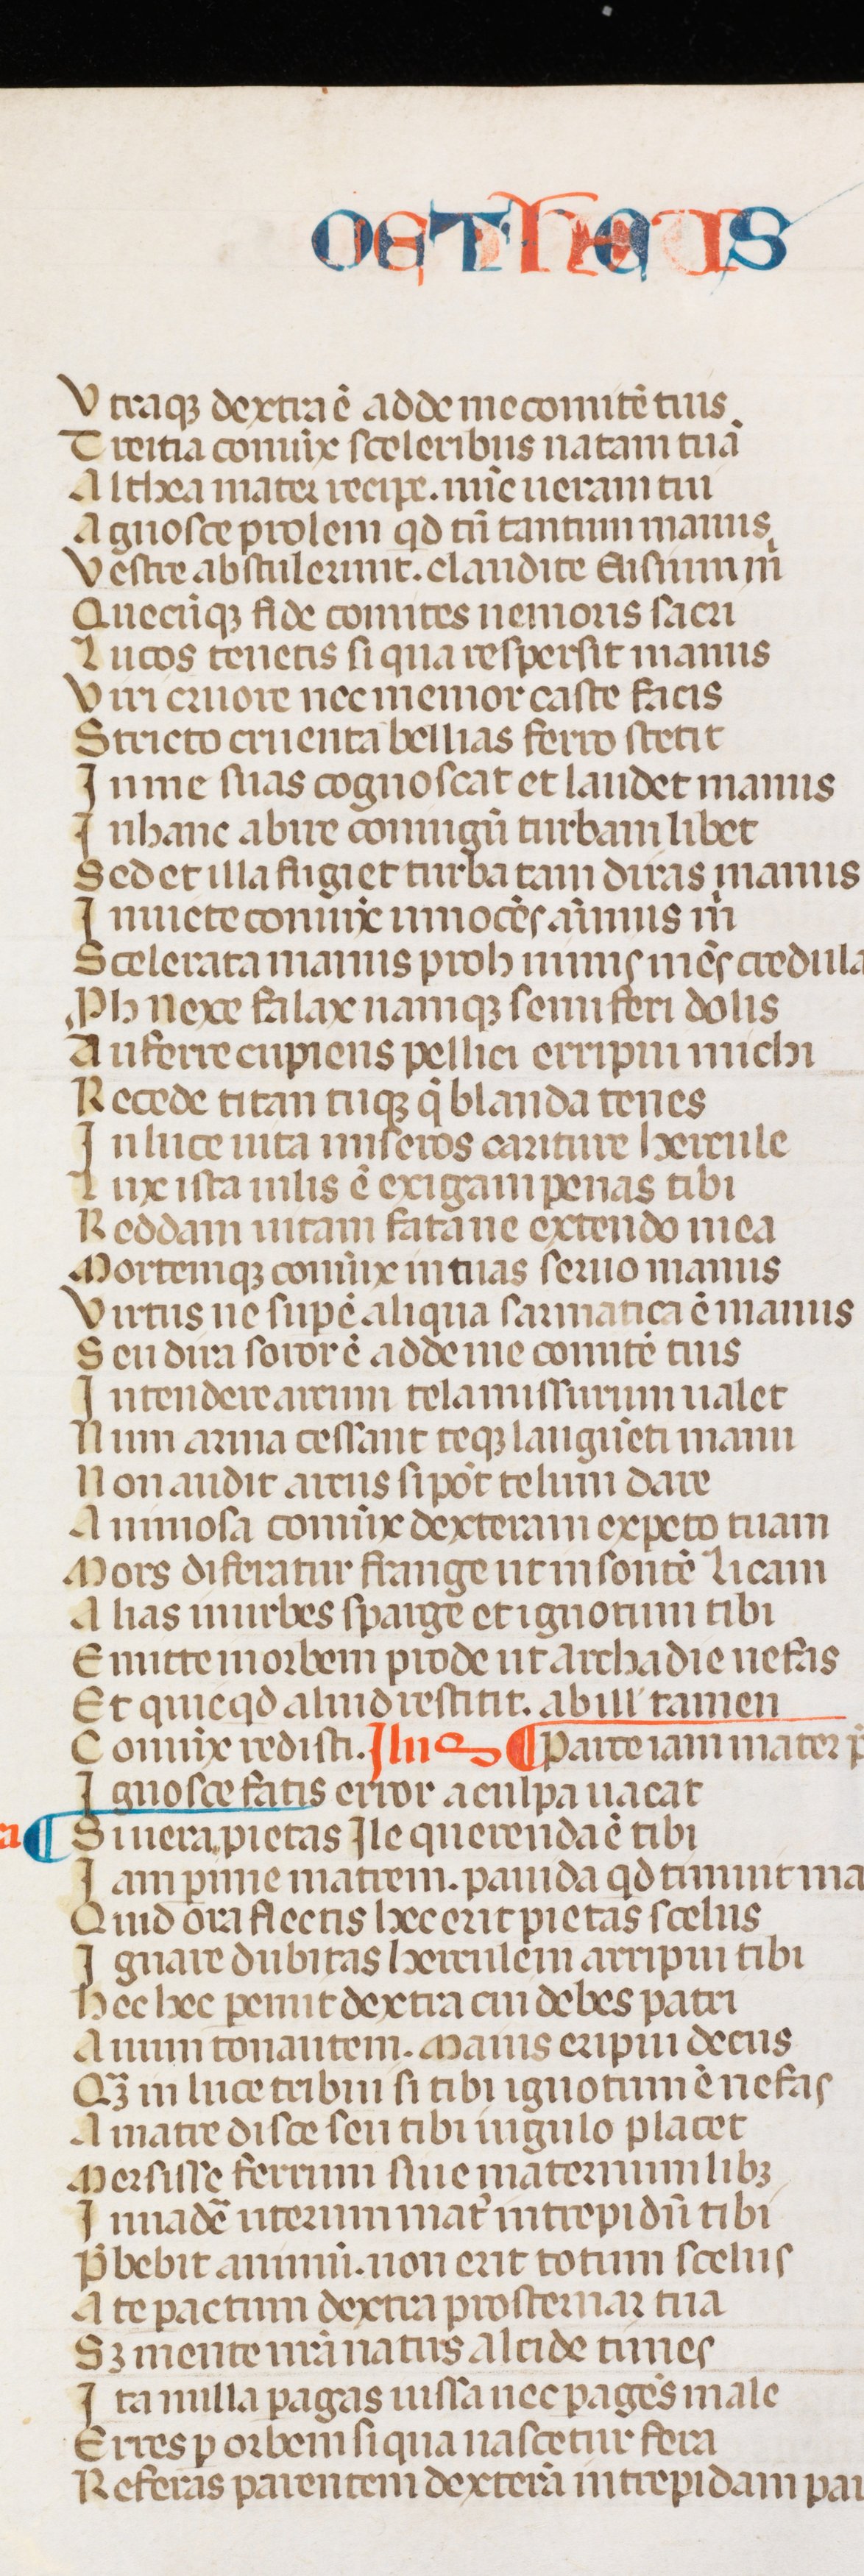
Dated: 1300–1399